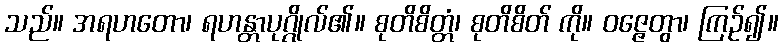
သည်။ အရဟတော၊ ရဟန္တာပုဂ္ဂိုလ်၏။ စုတိစိတ္တံ၊ စုတိစိတ် ကို။ ဝဇ္ဇေတွာ၊ ကြဉ်၍။